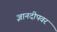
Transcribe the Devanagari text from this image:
ज्ञानदीपवर